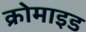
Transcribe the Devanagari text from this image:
क्रोमाइड